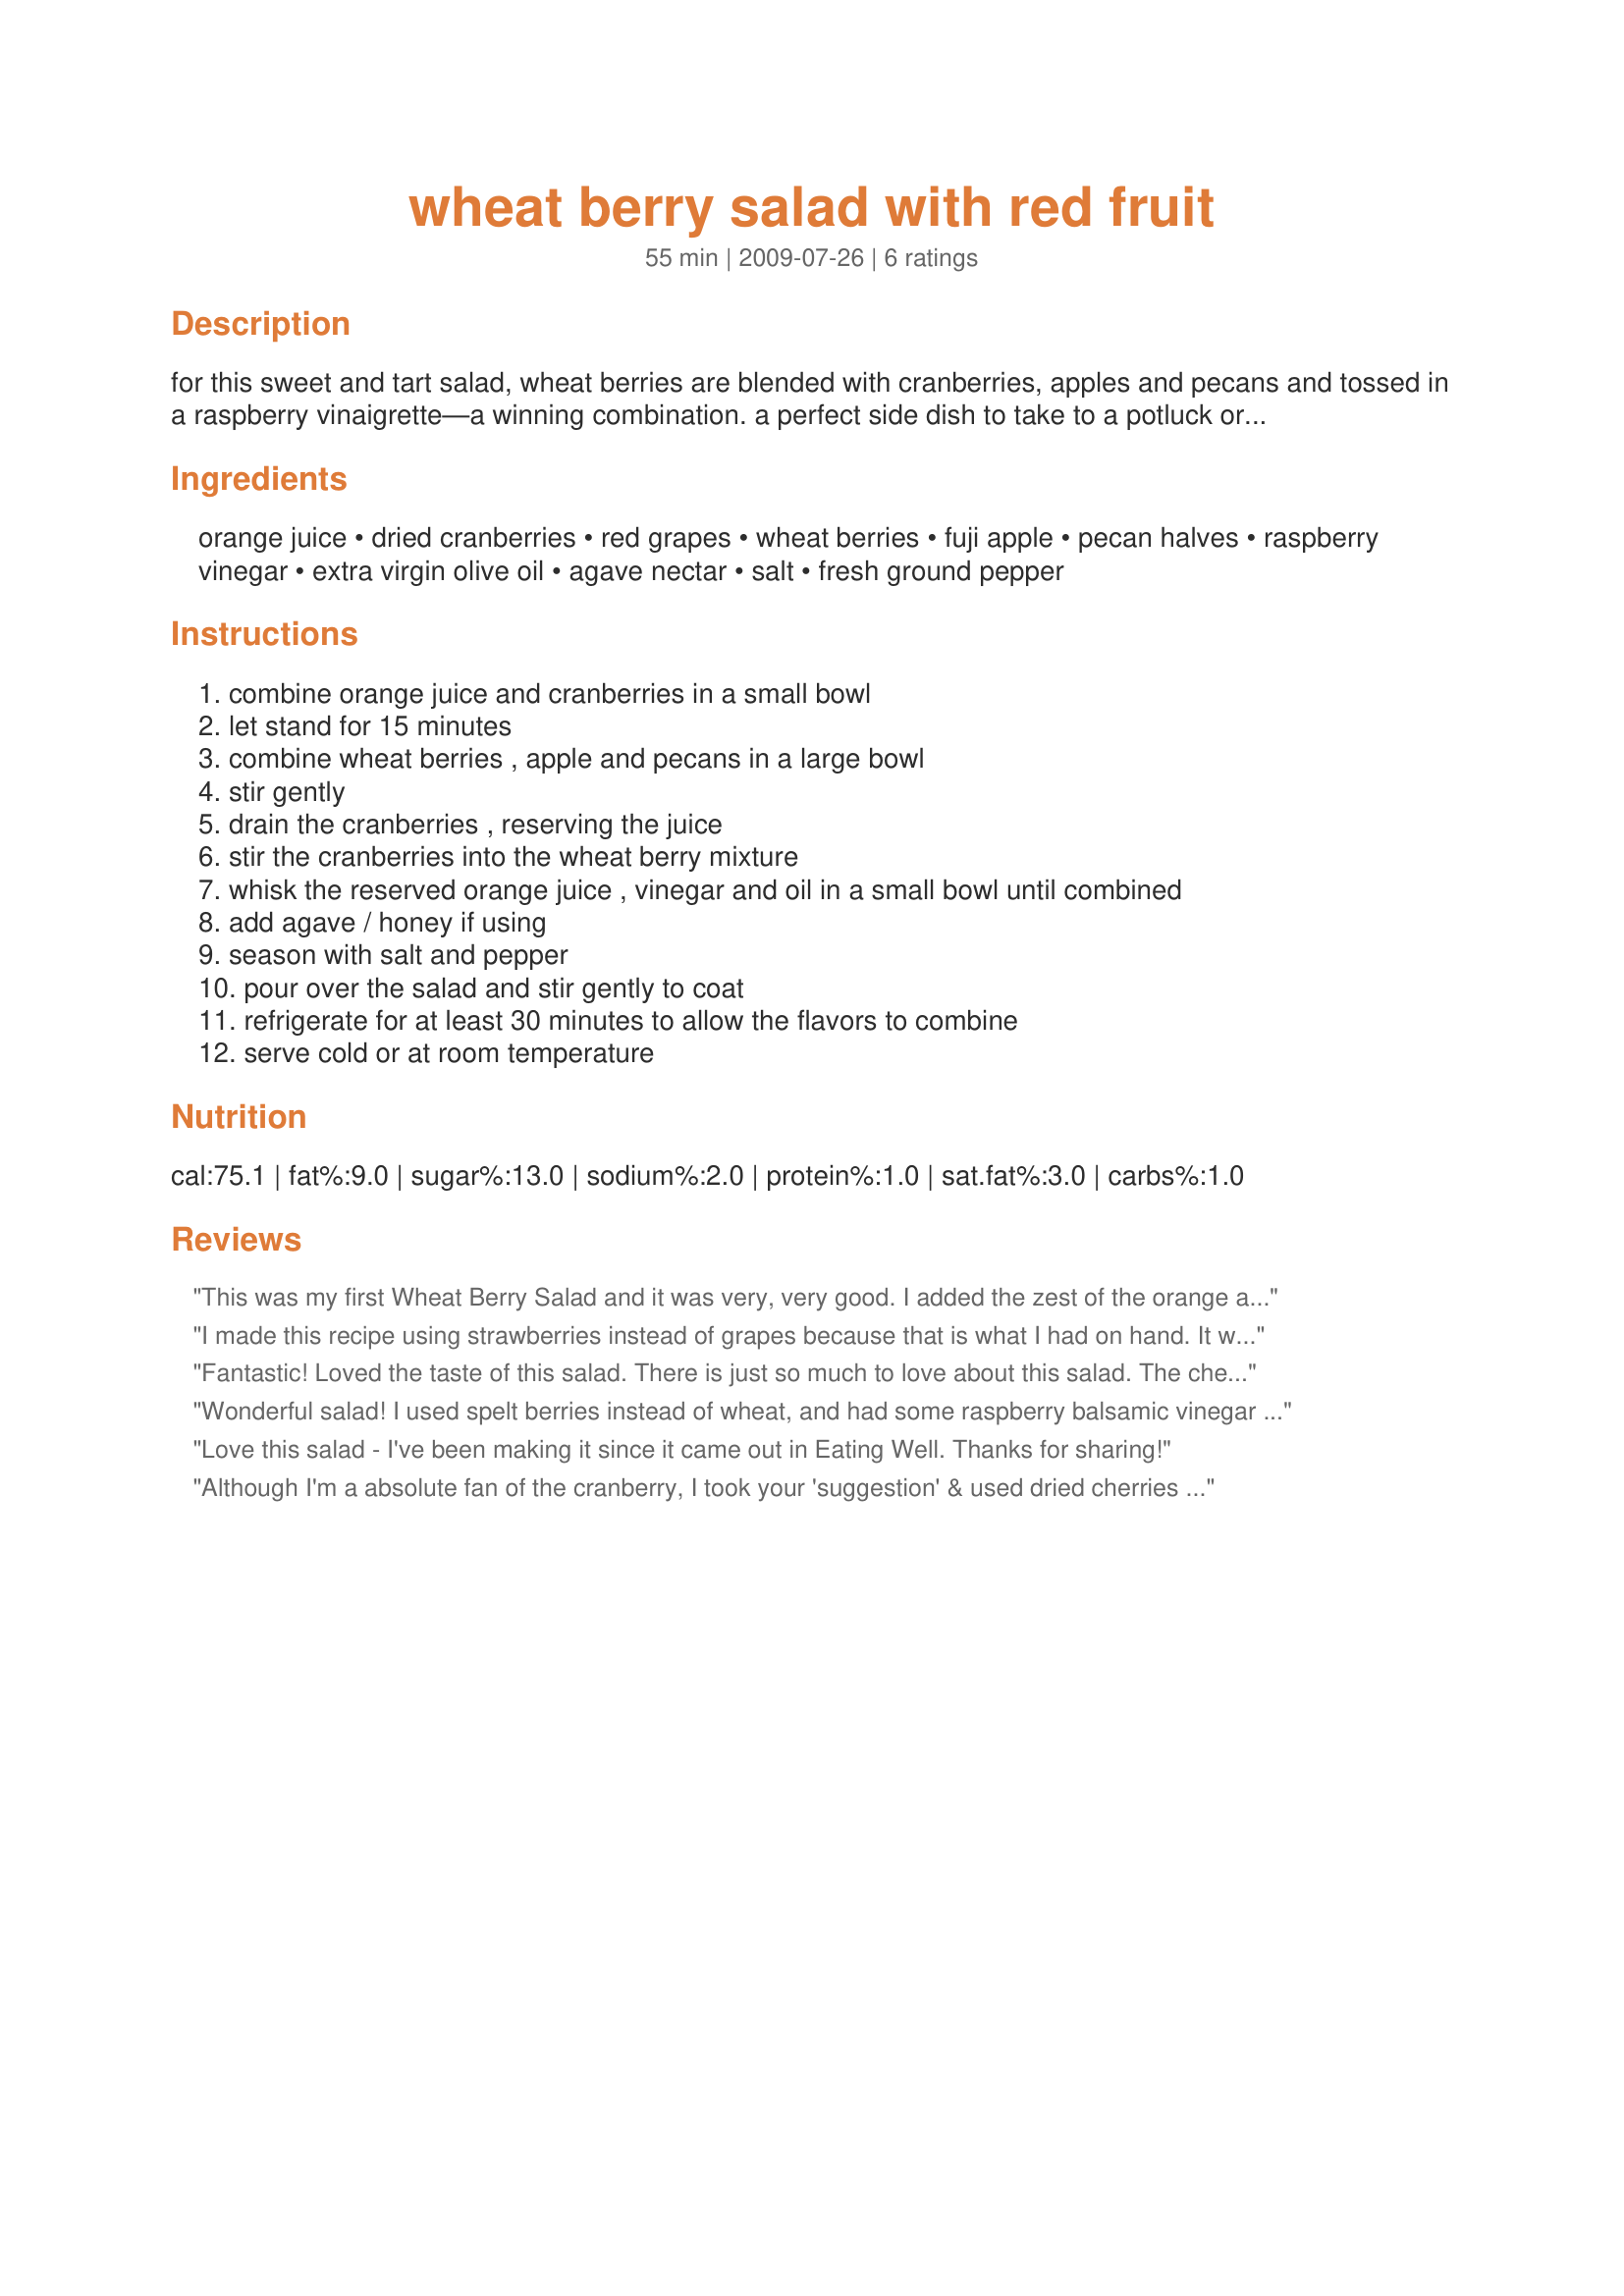
wheat berry salad with red fruit
Preparation time: 55 minutes

for this sweet and tart salad, wheat berries are blended with cranberries, apples and pecans and tossed in a raspberry vinaigrette—a winning combination. a perfect side dish to take to a potluck or simply serve it over a bed of peppery arugula for vegan lunch. recipe from eating well march/april 2007. (cooking time is resting time). if you wish to sweeten your salad up a bit but don't have agave, feel free to sub 1 t of honey. also of note, i have made this with a peach and 2 apricots instead of the grapes and apple (thereby making this wheat berry salad with orange fruit) and it is delightful!!!! this salad is even better on day 2, so it's a great make ahead recipe.

Ingredients:
orange juice, dried cranberries, red grapes, wheat berries, fuji apple, pecan halves, raspberry vinegar, extra virgin olive oil, agave nectar, salt, fresh ground pepper

Steps:
combine orange juice and cranberries in a small bowl, let stand for 15 minutes, combine wheat berries , apple and pecans in a large bowl, stir gently, drain the cranberries , reserving the juice, stir the cranberries into the wheat berry mixture, whisk the reserved orange juice , vinegar and oil in a small bowl until combined, add agave / honey if using, season with salt and pepper, pour over the salad and stir gently to coat, refrigerate for at least 30 minutes to allow the flavors to combine, serve cold or at room temperature

Reviews:
This was my first Wheat Berry Salad and it was very, very good. I added the zest of the orange as well as the juice and it added a nice zing to the flavors. It does last a few days, which is nice since it makes a lot, so I was able to take it to work for lunch for a couple of days. My husband won't touch it--he's not a fan of wheat berries--so I may cut the recipe in half next time, but I will definitely be making this again.
I made this recipe using strawberries instead of grapes because that is what I had on hand. It was a hit with my family. Thank-you!
Fantastic! Loved the taste of this salad. There is just so much to love about this salad. The chewy wheat berries, the way the pepper and honey play together (used the honey option mentioned in the description). Also loved the flavor from the raspberry vinegar. Another plus is that this can be made a day a head of time (made and tasted today, made for tomorrow's pot luck) and also that it can be served at room temp. Made as written using a granny smith apple instead of a Fuji as the Fuji's available were not very good. Will defiantly be making over and over.
Wonderful salad! I used spelt berries instead of wheat, and had some raspberry balsamic vinegar on hand, which was perfect in this. Very light with great textures....I found it was sweet enough without hte agave, so I left it out. Thanks JB, another winner!
Love this salad - I've been making it since it came out in Eating Well. Thanks for sharing!
Although I'm a absolute fan of the cranberry, I took your 'suggestion' & used dried cherries this time around & was very happy with the resulting, great tasting salad, even though another time I'll be trying it with cranberries! I was going to cut the recipe in half, just for the 2 of us, but since you'd indicated that is even better on day 2, I made the whole thing ~ It's even great tasting on day 3, too! A nice keeper of a recipe! [Tagged, made & reviewed for one of my swapmates in the Aus/NZ Recipe Swap #33]
